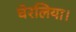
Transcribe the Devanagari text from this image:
घेरलिया।